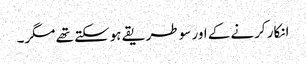
انکار کرنے کے اور سو طریقے ہوسکتے تھے مگر۔